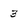
Character: 3